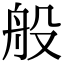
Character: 般